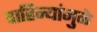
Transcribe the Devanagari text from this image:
वाहिन्यांमुळे